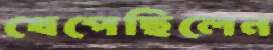
খেপেছিলেন